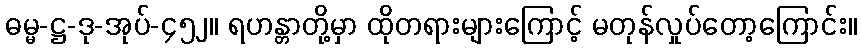
ဓမ္မ-ဋ္ဌ-ဒု-အုပ်-၄၅၂။ ရဟန္တာတို့မှာ ထိုတရားများကြောင့် မတုန်လှုပ်တော့ကြောင်း။